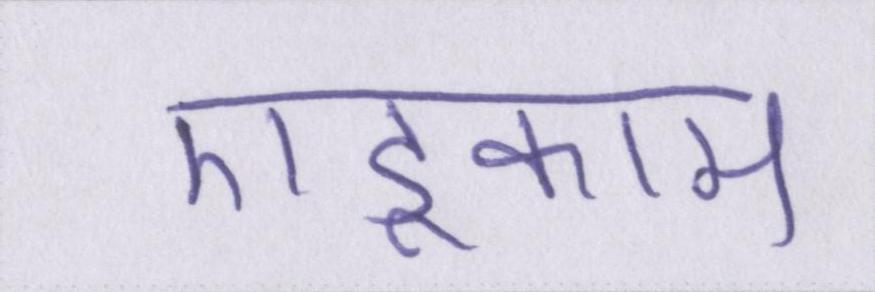
एडूकाम